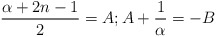
\begin{align*}\frac{\alpha+2n-1}{2}=A ; A+\frac{1}{\alpha}=-B\end{align*}